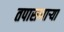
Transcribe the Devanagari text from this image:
तपासणार्‍या